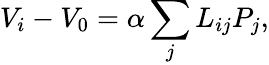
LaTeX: V_{i}-V_{0}=\alpha\sum_{j}L_{ij}P_{j},